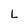
Character: L